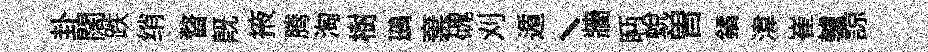
卦闊跌绡瞀既掖腾淘樹鷀棄磈刈遁丶牆眄蜕曽鐍湋崔轤諒